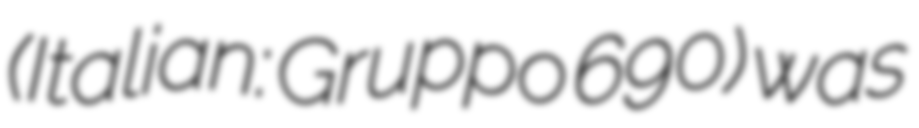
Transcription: (Italian: Gruppo 690) was